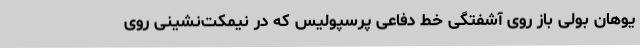
یوهان بولی باز روی آشفتگی خط دفاعی پرسپولیس که در نیمکت‌نشینی روی